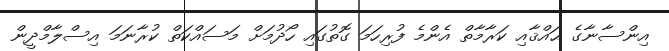
އިންސާނާގެ ޙައްޤާއި ކަރާމާތް އެންމެ ފުރިހަމަ ގޮތުގައި ހޯދުމަށް މަސައްކަތް ކުރާނަމަ އިސްލާމްދީން